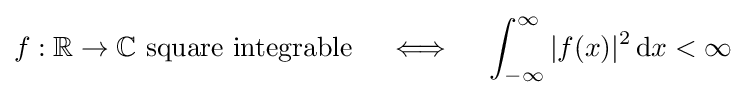
f:\mathbb {R} \to \mathbb {C} {\text{ square integrable}}\quad \iff \quad \int _{-\infty }^{\infty }|f(x)|^{2}\,\mathrm {d} x<\infty